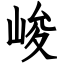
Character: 峻